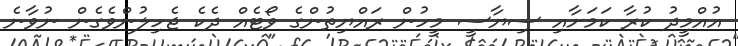
އުއްމީދު ކުރާ ކަމަށާއި ސިޔާސީ މީހުން ރައްޔިތުންގެ ވޯޓެއް ދެކެ ޖެހިލުންވެގެން ނުވާނެ